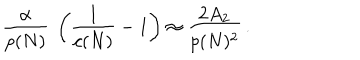
{ \frac { \alpha } { p ( N ) } } \ \left( { \frac { 1 } { c ( N ) } } - 1 \right) \approx { \frac { 2 A _ { 2 } } { p ( N ) ^ { 2 } } } \, .